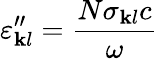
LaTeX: \varepsilon_{\mathbf{k}l}^{"}={\frac{{N\sigma_{\mathbf{k}l}c}}{{\omega}}}